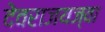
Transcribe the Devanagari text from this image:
देवराजयज्वा